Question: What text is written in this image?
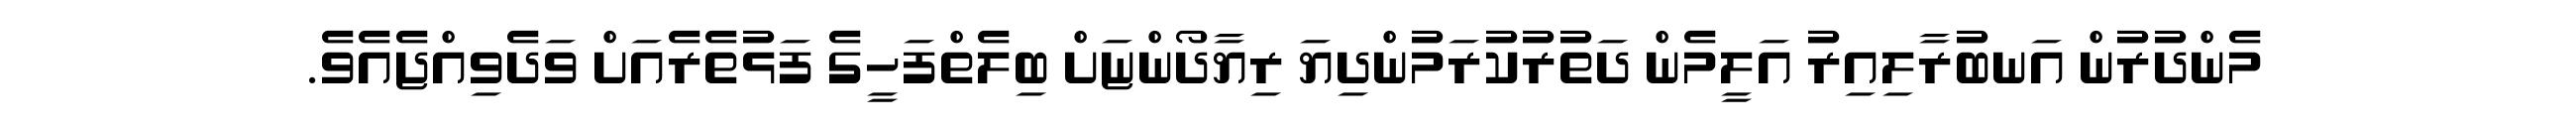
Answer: މެންދުރުން އަނބުރާލިއިރު އަލީމެން ދަތުރުކުރަމުންދިޔަ ރިޔާދޯންޏަށް ބިލެތްފަހީގެ ފަޅުތެރެއަށް ވަދެވިއްޖެއެވެ.